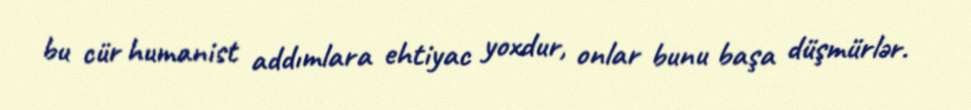
bu cür humanist addımlara ehtiyac yoxdur, onlar bunu başa düşmürlər.